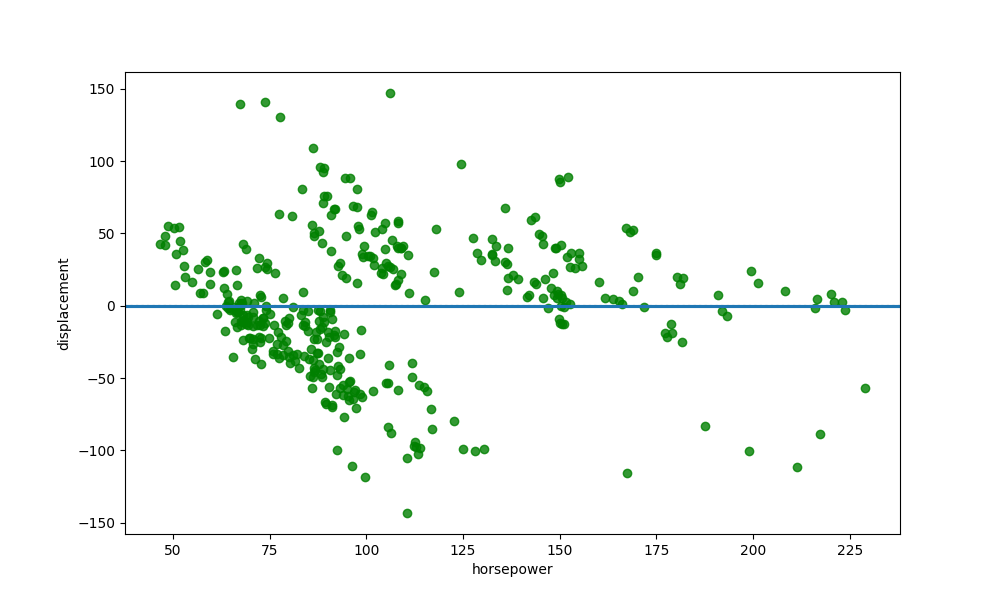
python, seaborn, residplot, lowess=True, scatter_color=green